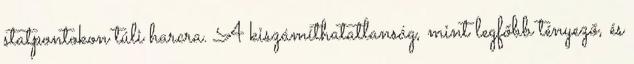
statpontokon túli harcra. A kiszámíthatatlanság, mint legfőbb tényező, és